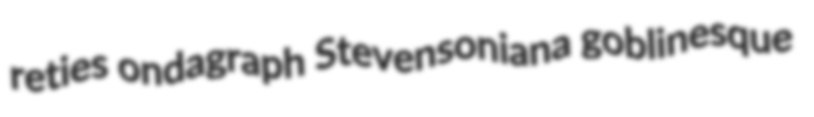
reties ondagraph Stevensoniana goblinesque